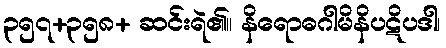
၃၅၇+၃၅၈+ ဆင်းရဲ၏။ နိရောဓဂါမိနိပဋိပဒါ၊